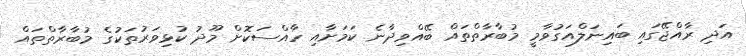
އަދި ރާއްޖޭގައި ބައިނަލްއަގުވާމީ މުބާރާތްތައް ބޭއްވިދާނެ ކަމަށާއި ހާއްސަކޮށް މޫދު ކުޅިވަރުތަކުގެ މުބާރާތްތައް